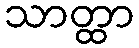
သာတ္ထာ